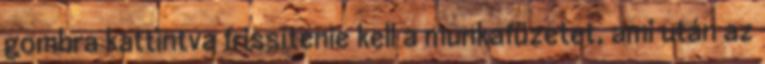
gombra kattintva frissítenie kell a munkafüzetet, ami után az